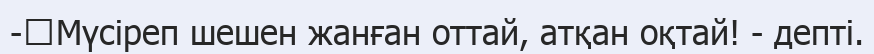
-	Мүсіреп шешен жанған оттай, атқан оқтай! - депті.